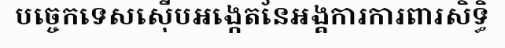
បច្ចេកទេសស៊ើបអង្កេតនៃអង្គការការពារសិទ្ធិ